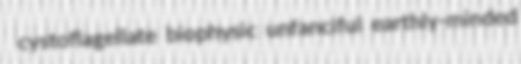
cystoflagellate biophysic unfanciful earthly-minded